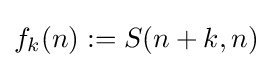
f_{k}(n):=S(n+k,n)